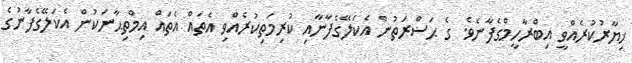
ޚިޔާރުކުރެއްވީ އިބްރާހީމްގެފާނެވެ. ގެ ޙަޟްރަތުން އެކަލޭގެފާނާއި ކުރިމަތިކުރެއްވި އެތައް އެތައް އިމްތިޙާނަކުން އެކަލޭގެފާނުގެ